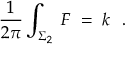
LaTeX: { \frac { 1 } { 2 \pi } } \int _ { \Sigma _ { 2 } } \; F \; = \; k \ \ .